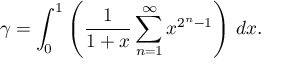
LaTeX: \gamma = \int _ { 0 } ^ { 1 } \left( { \frac { 1 } { 1 + x } } \sum _ { n = 1 } ^ { \infty } x ^ { 2 ^ { n } - 1 } \right) \, d x .